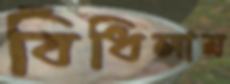
বিঁধিলাম